Language: tamil
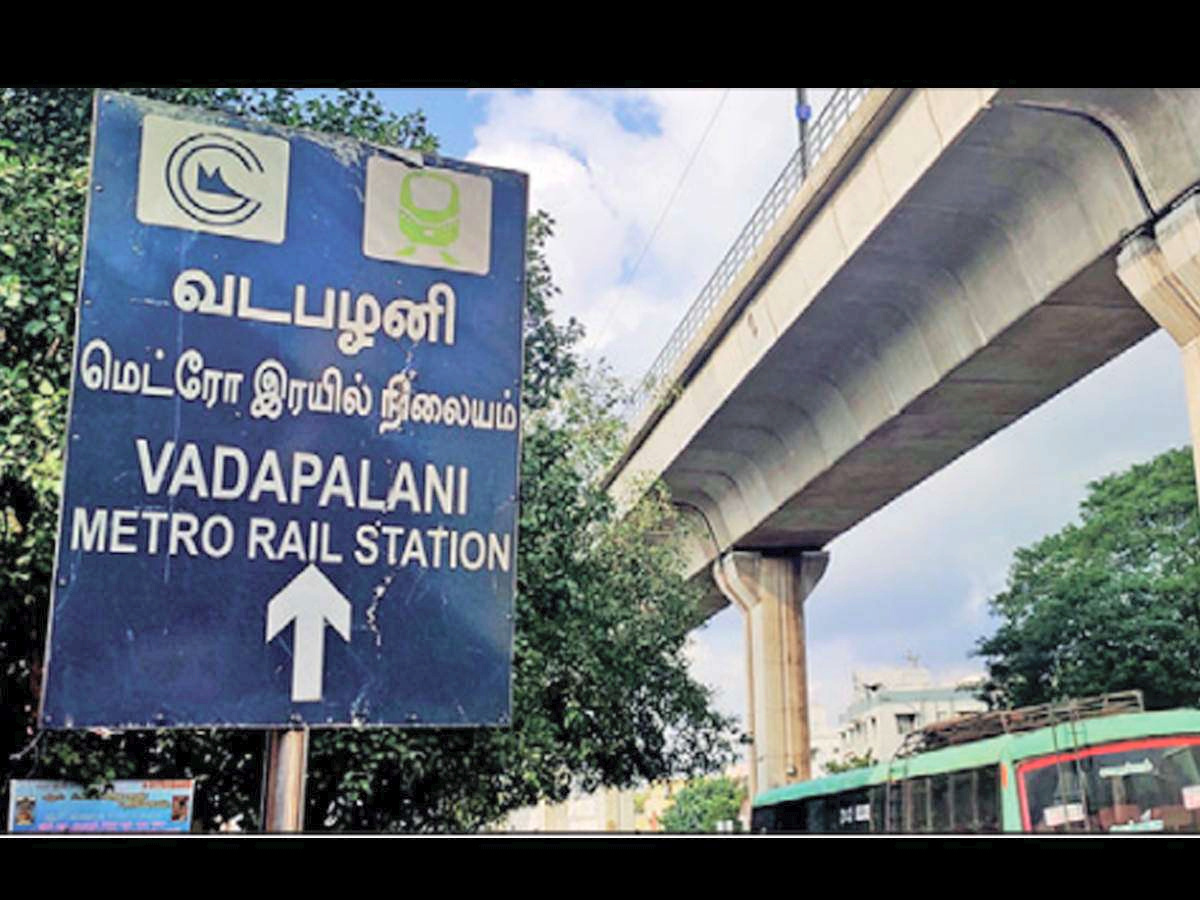
Transcription: வடபழனி மெட்ரோ இரயில் நிலையம்